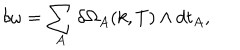
\delta \omega = \sum _ { A } \delta \Omega _ { A } ( k , T ) \wedge d t _ { A } ,